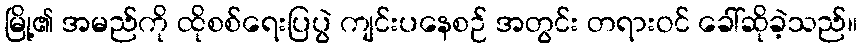
မြို့၏ အမည်ကို ထိုစစ်ရေးပြပွဲ ကျင်းပနေစဉ် အတွင်း တရားဝင် ခေါ်ဆိုခဲ့သည်။